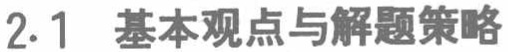
2.1 基本观点与解题策略